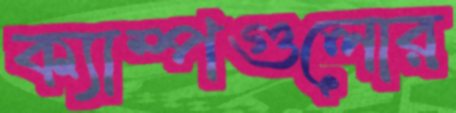
ক্যাম্পগুলোর